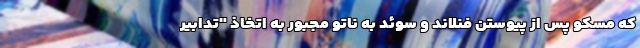
که مسکو پس از پیوستن فنلاند و سوئد به ناتو مجبور به اتخاذ "تدابیر